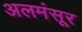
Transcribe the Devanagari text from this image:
अलमंसूर